Punjab Mental Hospital Lahore 1932-46 - 1932-1946
Year: 1932
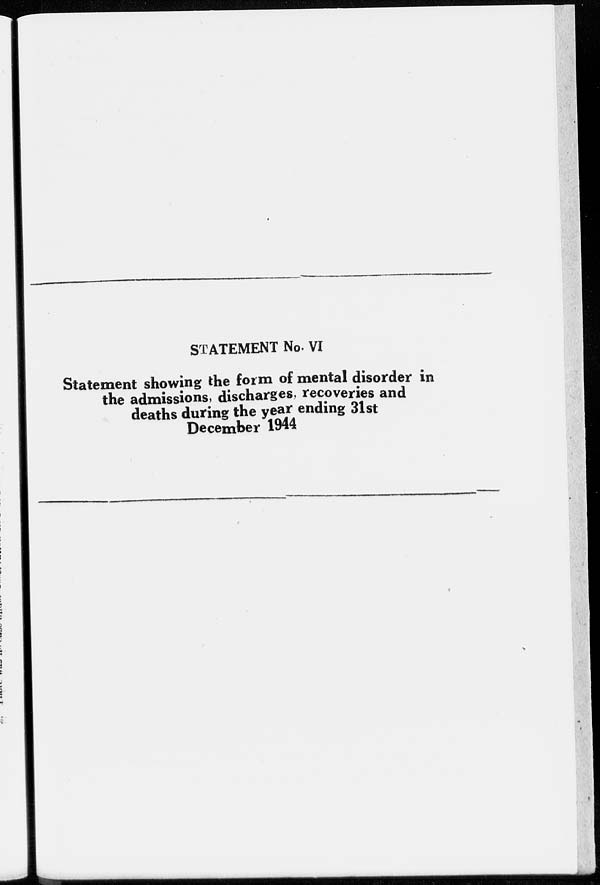
STATEMENT No. VI
Statement showing the form of mental disorder in
the admissions, discharges, recoveries and
deaths during the year ending 31st
December 1944